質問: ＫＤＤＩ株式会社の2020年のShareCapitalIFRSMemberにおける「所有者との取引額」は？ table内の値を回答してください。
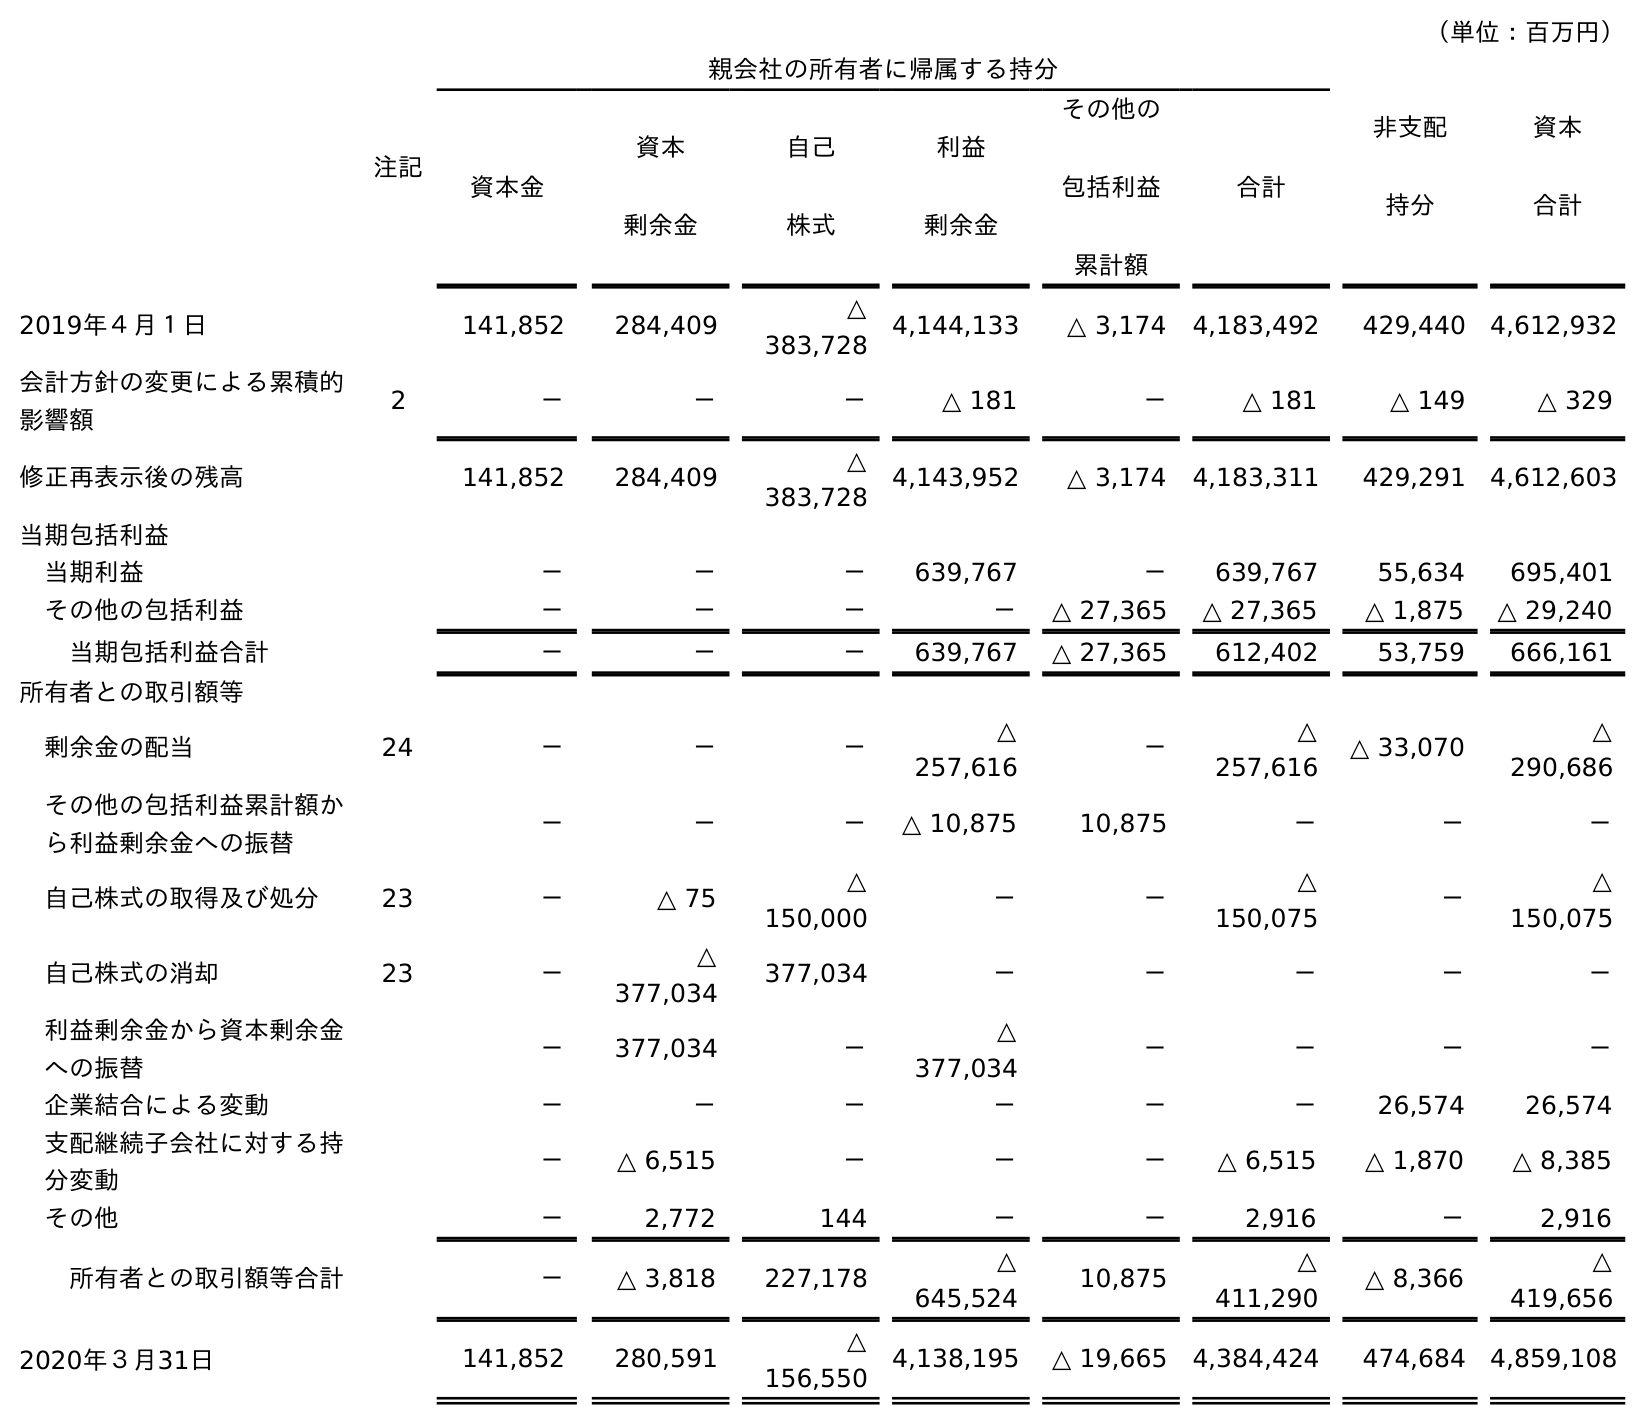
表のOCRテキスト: （単位：百万円） 注記 親会社の所有者に帰属する持分 非支配 持分 資本 合計 資本金 資本 剰余金 自己 株式 利益 剰余金 その他の 包括利益 累計額 合計 2019年４月１日 141,852 284,409 △ 383,728 4,144,133 △ 3,174 4,183,492 429,440 4,612,932 会計方針の変更による累積的 影響額 2 － － － △ 181 － △ 181 △ 149 △ 329 修正再表示後の残高 141,852 284,409 △ 383,728 4,143,952 △ 3,174 4,183,311 429,291 4,612,603 当期包括利益 当期利益 － － － 639,767 － 639,767 55,634 695,401 その他の包括利益 － － － － △ 27,365 △ 27,365 △ 1,875 △ 29,240 当期包括利益合計 － － － 639,767 △ 27,365 612,402 53,759 666,161 所有者との取引額等 剰余金の配当 24 － － － △ 257,616 － △ 257,616 △ 33,070 △ 290,686 その他の包括利益累計額か ら利益剰余金への振替 － － － △ 10,875 10,875 － － － 自己株式の取得及び処分 23 － △ 75 △ 150,000 － － △ 150,075 － △ 150,075 自己株式の消却 23 － △ 377,034 377,034 － － － － － 利益剰余金から資本剰余金 への振替 － 377,034 － △ 377,034 － － － － 企業結合による変動 － － － － － － 26,574 26,574 支配継続子会社に対する持 分変動 － △ 6,515 － － － △ 6,515 △ 1,870 △ 8,385 その他 － 2,772 144 － － 2,916 － 2,916 所有者との取引額等合計 － △ 3,818 227,178 △ 645,524 10,875 △ 411,290 △ 8,366 △ 419,656 2020年３月31日 141,852 280,591 △ 156,550 4,138,195 △ 19,665 4,384,424 474,684 4,859,108
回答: －